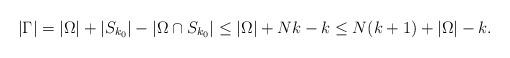
LaTeX: \begin{align*}|\Gamma|=|\Omega|+|S_{k_0}|-|\Omega\cap S_{k_0}|\leq |\Omega|+Nk-k\leq N(k+1)+|\Omega|-k.\end{align*}